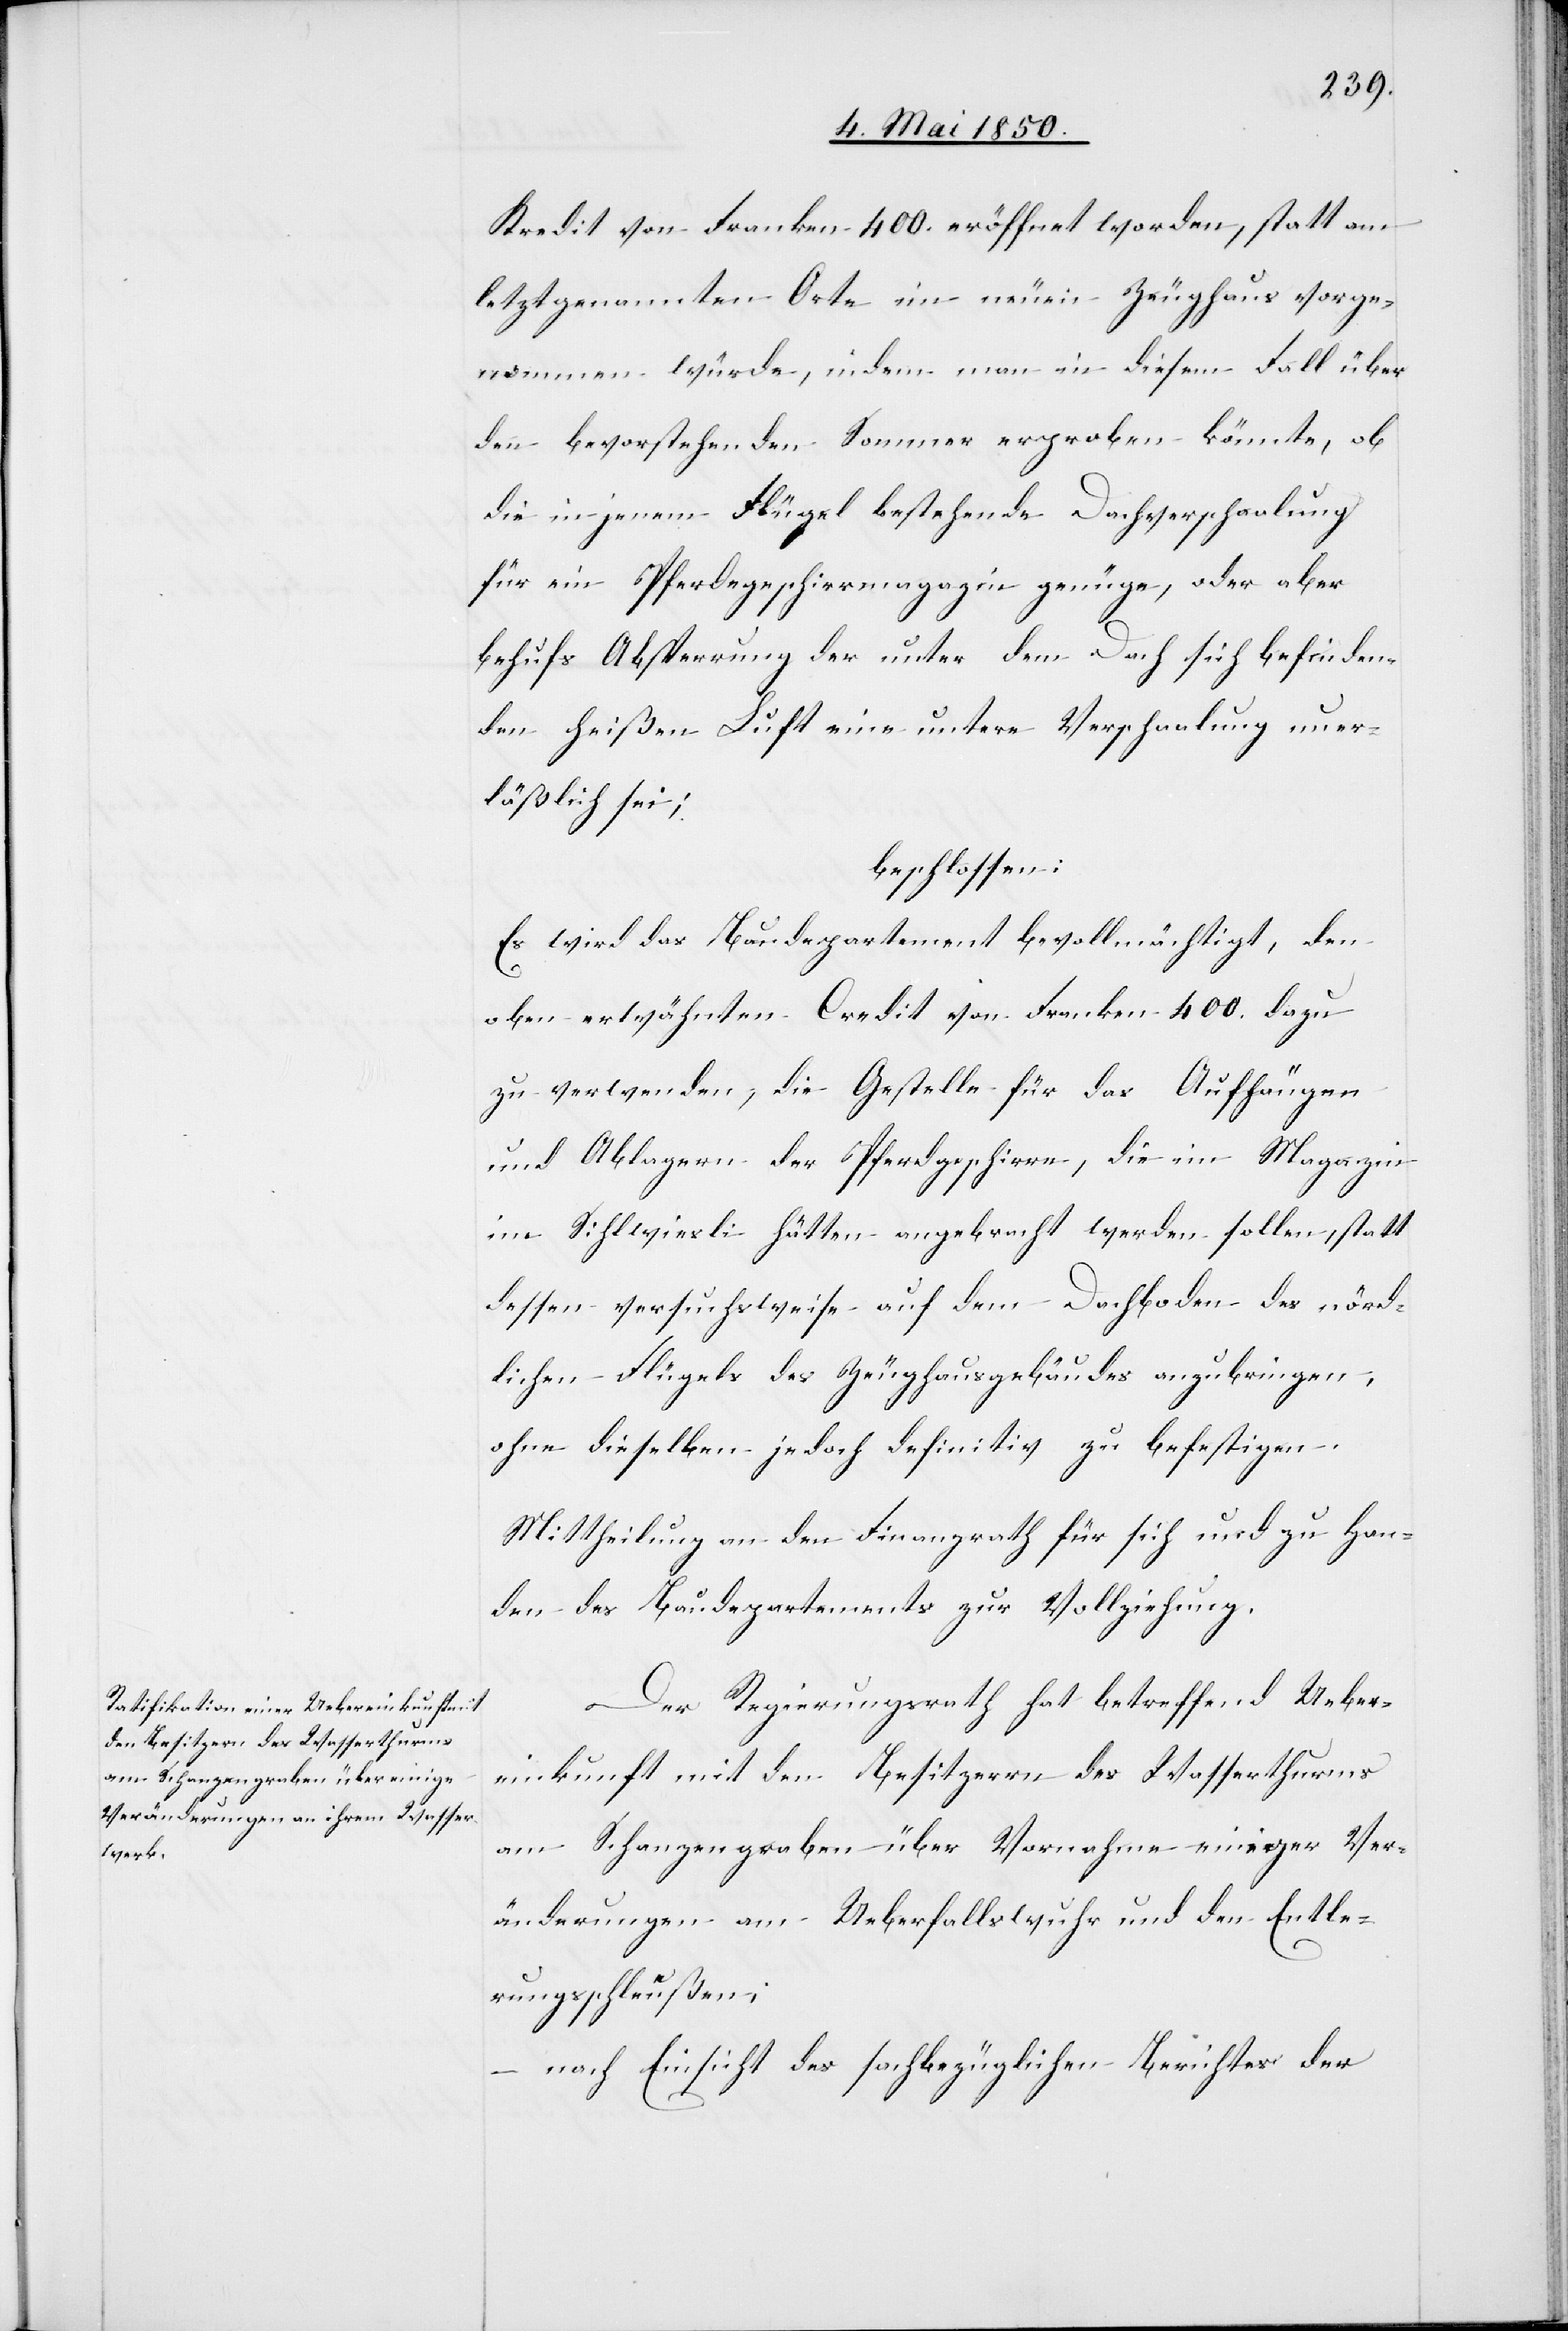
Kredit von Franken 400. eröffnet worden, statt am
letzgenannten Orte im neuen Zeughaus vorge¬
nommen würde, indem man in diesem Fall über
den bevorstehenden Sommer erproben könnte, ob
die in jenem Flügel bestehende Dachverschaalung
für ein Pferdegeschirrmagazin genüge, oder aber
behufs Absperrung der unter dem Dach sich befinden¬
den heißen Luft eine untere Verschaalung uner¬
läßlich sei;
beschlossen:
Es wird das Baudepartement bevollmächtigt, den
oben erwähnten Credit von Franken 400. dazu
zu verwenden, die Gestelle für das Aufhängen
und Ablagern der Pferdgeschirre, die im Magazin
im Sihlwiesli hätten angebracht werden sollen, statt
dessen versuchsweise auf dem Dachboden des nörd¬
lichen Flügels des Zeughausgebäudes anzubringen,
ohne dieselben jedoch definitiv zu befestigen.
Mittheilung an den Finanzrath für sich und zu Han¬
den des Baudepartements zur Vollziehung.
Der Regierungsrath hat betreffend Ueber¬
einkunft mit den Besitzern des Wasserthurms
am Schanzengraben über Vornahme einiger Ver¬
änderungen am Ueberfallswuhr und den Entle¬
rungsschleußen;
– nach Einsicht des sachbezüglichen Berichtes der